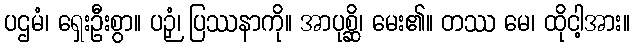
ပဌမံ၊ ရှေးဦးစွာ။ ပဉှံ၊ ပြဿနာကို။ အာပုစ္ဆိ၊ မေး၏။ တဿ မေ၊ ထိုငါ့အား။